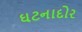
ઘટનાદોર